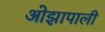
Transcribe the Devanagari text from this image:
ओझापाली